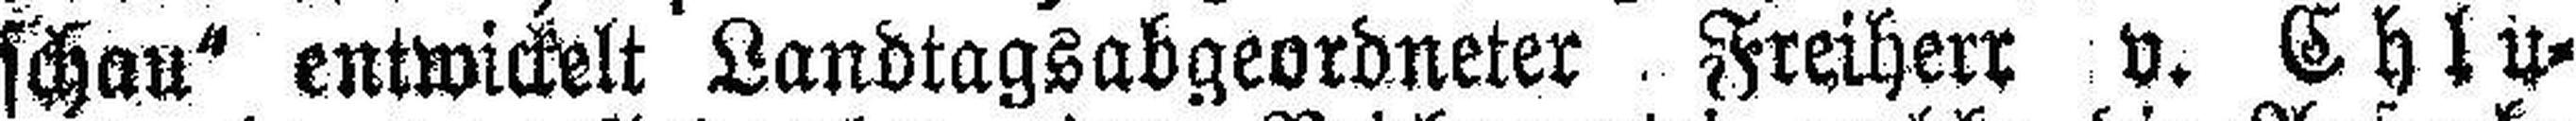
schau“ entwickelt Landtagsabgeordneter Freiherr v. Chlu¬